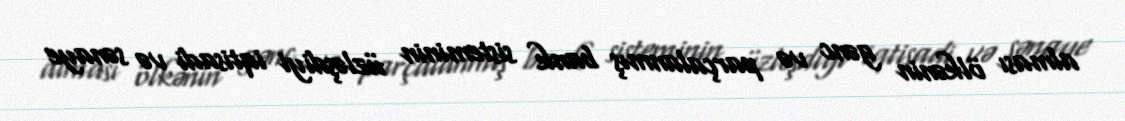
alması ölkənin gənc və parçalanmış bank sisteminin üzləşdiyi iqtisadi və sənaye